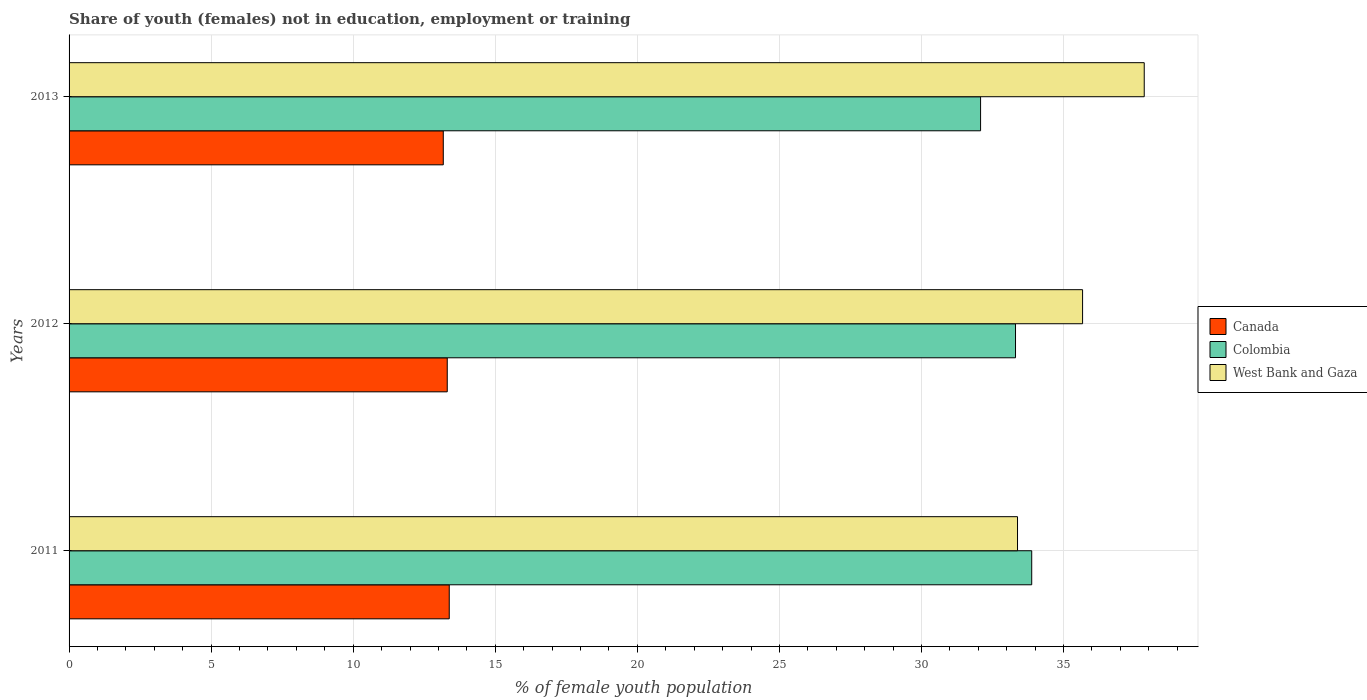
| Years | Canada | Colombia | West Bank and Gaza |
 | --- | --- | --- | --- |
 | 2011 | 13.4 | 33.9 | 33.4 |
 | 2012 | 13.3 | 33.3 | 35.7 |
 | 2013 | 13.2 | 32.1 | 37.8 |